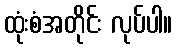
ထုံးစံအတိုင်း လုပ်ပါ။